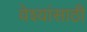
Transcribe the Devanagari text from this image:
वेश्यांसाठी